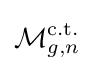
{\mathcal {M}}_{g,n}^{\text{c.t.}}